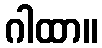
ဂါထာ။